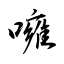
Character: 噰